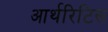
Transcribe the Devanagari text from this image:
आर्थरिटिस